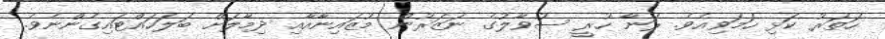
ހަތަރު ކަޅި ހަމަވިއެވެ. ރަނާ ހުރީ ސުވާލުގެ ނަޒަރުން މުޒައިނާއާއި ދިމާލަށް ބަލަހައްޓައިގެންނެވެ.